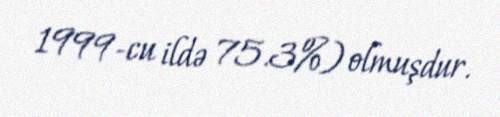
1999-cu ildə 75.3%) olmuşdur.